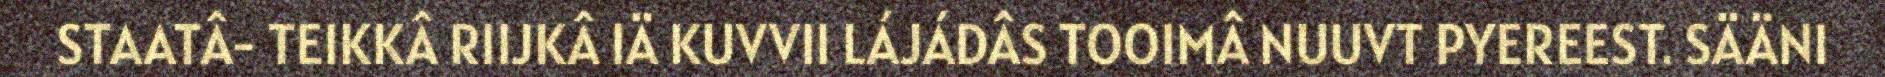
STAATÂ- TEIKKÂ RIIJKÂ IÄ KUVVII LÁJÁDÂS TOOIMÂ NUUVT PYEREEST. SÄÄNI